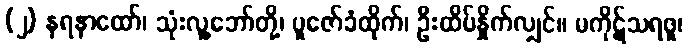
(၂) နရနာထော်၊ သုံးလူ့ဘော်တို့၊ ပူဇော်ခံထိုက်၊ ဦးထိပ်နှိုက်လျှင်။ မကိုဋ်သရဖူ၊